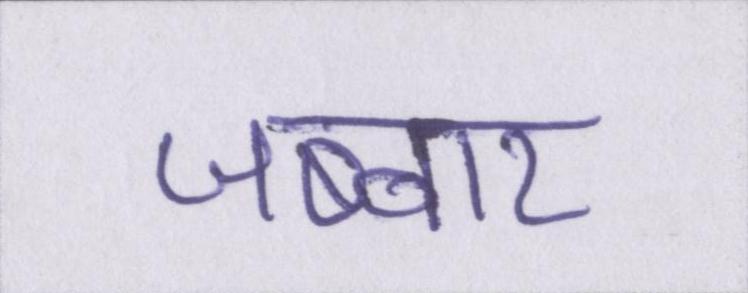
जब्बार